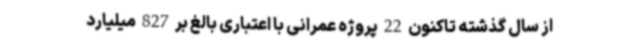
از سال گذشته تاکنون 22 پروژه عمرانی با اعتباری بالغ بر 827 میلیارد